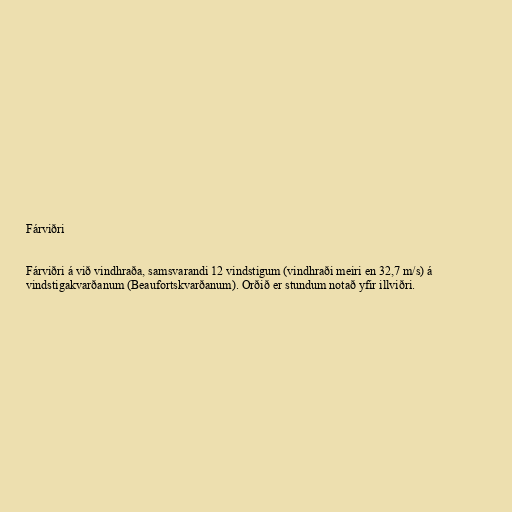
Fárviðri

Fárviðri á við vindhraða, samsvarandi 12 vindstigum (vindhraði meiri en 32,7 m/s) á
vindstigakvarðanum (Beaufortskvarðanum). Orðið er stundum notað yfir illviðri.